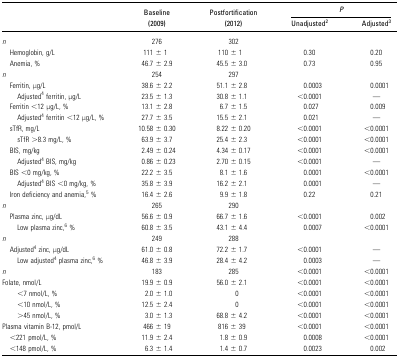
<table><thead><tr><td></td><td></td><td></td><td colspan="2"><b><i>P</i></b></td></tr><tr><td></td><td><b>Baseline (2009)</b></td><td><b>Postfortification (2012)</b></td><td><b>Unadjusted<sup>2</sup></b></td><td><b>Adjusted<sup>3</sup></b></td></tr></thead><tbody><tr><td><i>n</i></td><td>276</td><td>302</td><td></td><td></td></tr><tr><td> Hemoglobin, g/L</td><td>111 ± 1</td><td>110 ± 1</td><td>0.30</td><td>0.20</td></tr><tr><td> Anemia, %</td><td>46.7 ± 2.9</td><td>45.5 ± 3.0</td><td>0.73</td><td>0.95</td></tr><tr><td><i>n</i></td><td>254</td><td>297</td><td></td><td></td></tr><tr><td> Ferritin, μg/L</td><td>38.6 ± 2.2</td><td>51.1 ± 2.8</td><td>0.0003</td><td>0.0001</td></tr><tr><td>Adjusted<sup>4</sup> ferritin, μg/L</td><td>23.5 ± 1.3</td><td>30.8 ± 1.1</td><td>&lt;0.0001</td><td>—</td></tr><tr><td> Ferritin &lt;12 μg/L, %</td><td>13.1 ± 2.8</td><td>6.7 ± 1.5</td><td>0.027</td><td>0.009</td></tr><tr><td>Adjusted<sup>4</sup> ferritin &lt;12 μg/L, %</td><td>27.7 ± 3.5</td><td>15.5 ± 2.1</td><td>0.021</td><td>—</td></tr><tr><td> sTfR, mg/L</td><td>10.58 ± 0.30</td><td>8.22 ± 0.20</td><td>&lt;0.0001</td><td>&lt;0.0001</td></tr><tr><td>sTfR &gt;8.3 mg/L, %</td><td>63.9 ± 3.7</td><td>25.4 ± 2.3</td><td>&lt;0.0001</td><td>&lt;0.0001</td></tr><tr><td> BIS, mg/kg</td><td>2.49 ± 0.24</td><td>4.34 ± 0.17</td><td>&lt;0.0001</td><td>&lt;0.0001</td></tr><tr><td>Adjusted<sup>4</sup> BIS, mg/kg</td><td>0.86 ± 0.23</td><td>2.70 ± 0.15</td><td>&lt;0.0001</td><td>—</td></tr><tr><td> BIS &lt;0 mg/kg, %</td><td>22.2 ± 3.5</td><td>8.1 ± 1.6</td><td>0.0001</td><td>&lt;0.0001</td></tr><tr><td>Adjusted<sup>4</sup> BIS &lt;0 mg/kg, %</td><td>35.8 ± 3.9</td><td>16.2 ± 2.1</td><td>0.0001</td><td>—</td></tr><tr><td> Iron deficiency and anemia,<sup>5</sup> %</td><td>16.4 ± 2.6</td><td>9.9 ± 1.8</td><td>0.22</td><td>0.21</td></tr><tr><td><i>n</i></td><td>265</td><td>290</td><td></td><td></td></tr><tr><td> Plasma zinc, μg/dL</td><td>56.6 ± 0.9</td><td>66.7 ± 1.6</td><td>&lt;0.0001</td><td>0.002</td></tr><tr><td>Low plasma zinc,<sup>6</sup> %</td><td>60.8 ± 3.5</td><td>43.1 ± 4.4</td><td>0.0007</td><td>&lt;0.0001</td></tr><tr><td><i>n</i></td><td>249</td><td>288</td><td></td><td></td></tr><tr><td> Adjusted<sup>4</sup> zinc, μg/dL</td><td>61.0 ± 0.8</td><td>72.2 ± 1.7</td><td>&lt;0.0001</td><td>—</td></tr><tr><td>Low adjusted<sup>4</sup> plasma zinc,<sup>6</sup> %</td><td>46.8 ± 3.9</td><td>28.4 ± 4.2</td><td>0.0003</td><td>—</td></tr><tr><td><i>n</i></td><td>183</td><td>285</td><td>&lt;0.0001</td><td>&lt;0.0001</td></tr><tr><td>Folate, nmol/L</td><td>19.9 ± 0.9</td><td>56.0 ± 2.1</td><td>&lt;0.0001</td><td>&lt;0.0001</td></tr><tr><td>&lt;7 nmol/L, %</td><td>2.0 ± 1.0</td><td>0</td><td>&lt;0.0001</td><td>&lt;0.0001</td></tr><tr><td>&lt;10 nmol/L, %</td><td>12.5 ± 2.4</td><td>0</td><td>&lt;0.0001</td><td>&lt;0.0001</td></tr><tr><td>&gt;45 nmol/L, %</td><td>3.0 ± 1.3</td><td>68.8 ± 4.2</td><td>&lt;0.0001</td><td>&lt;0.0001</td></tr><tr><td>Plasma vitamin B-12, pmol/L</td><td>466 ± 19</td><td>816 ± 39</td><td>&lt;0.0001</td><td>&lt;0.0001</td></tr><tr><td> &lt;221 pmol/L, %</td><td>11.9 ± 2.4</td><td>1.8 ± 0.9</td><td>0.0008</td><td>&lt;0.0001</td></tr><tr><td> &lt;148 pmol/L, %</td><td>6.3 ± 1.4</td><td>1.4 ± 0.7</td><td>0.0023</td><td>0.002</td></tr></tbody></table>